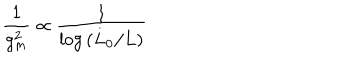
LaTeX: { \frac { 1 } { g _ { m } ^ { 2 } } } \propto { \frac { 1 } { \log { ( L _ { 0 } / L ) } } }